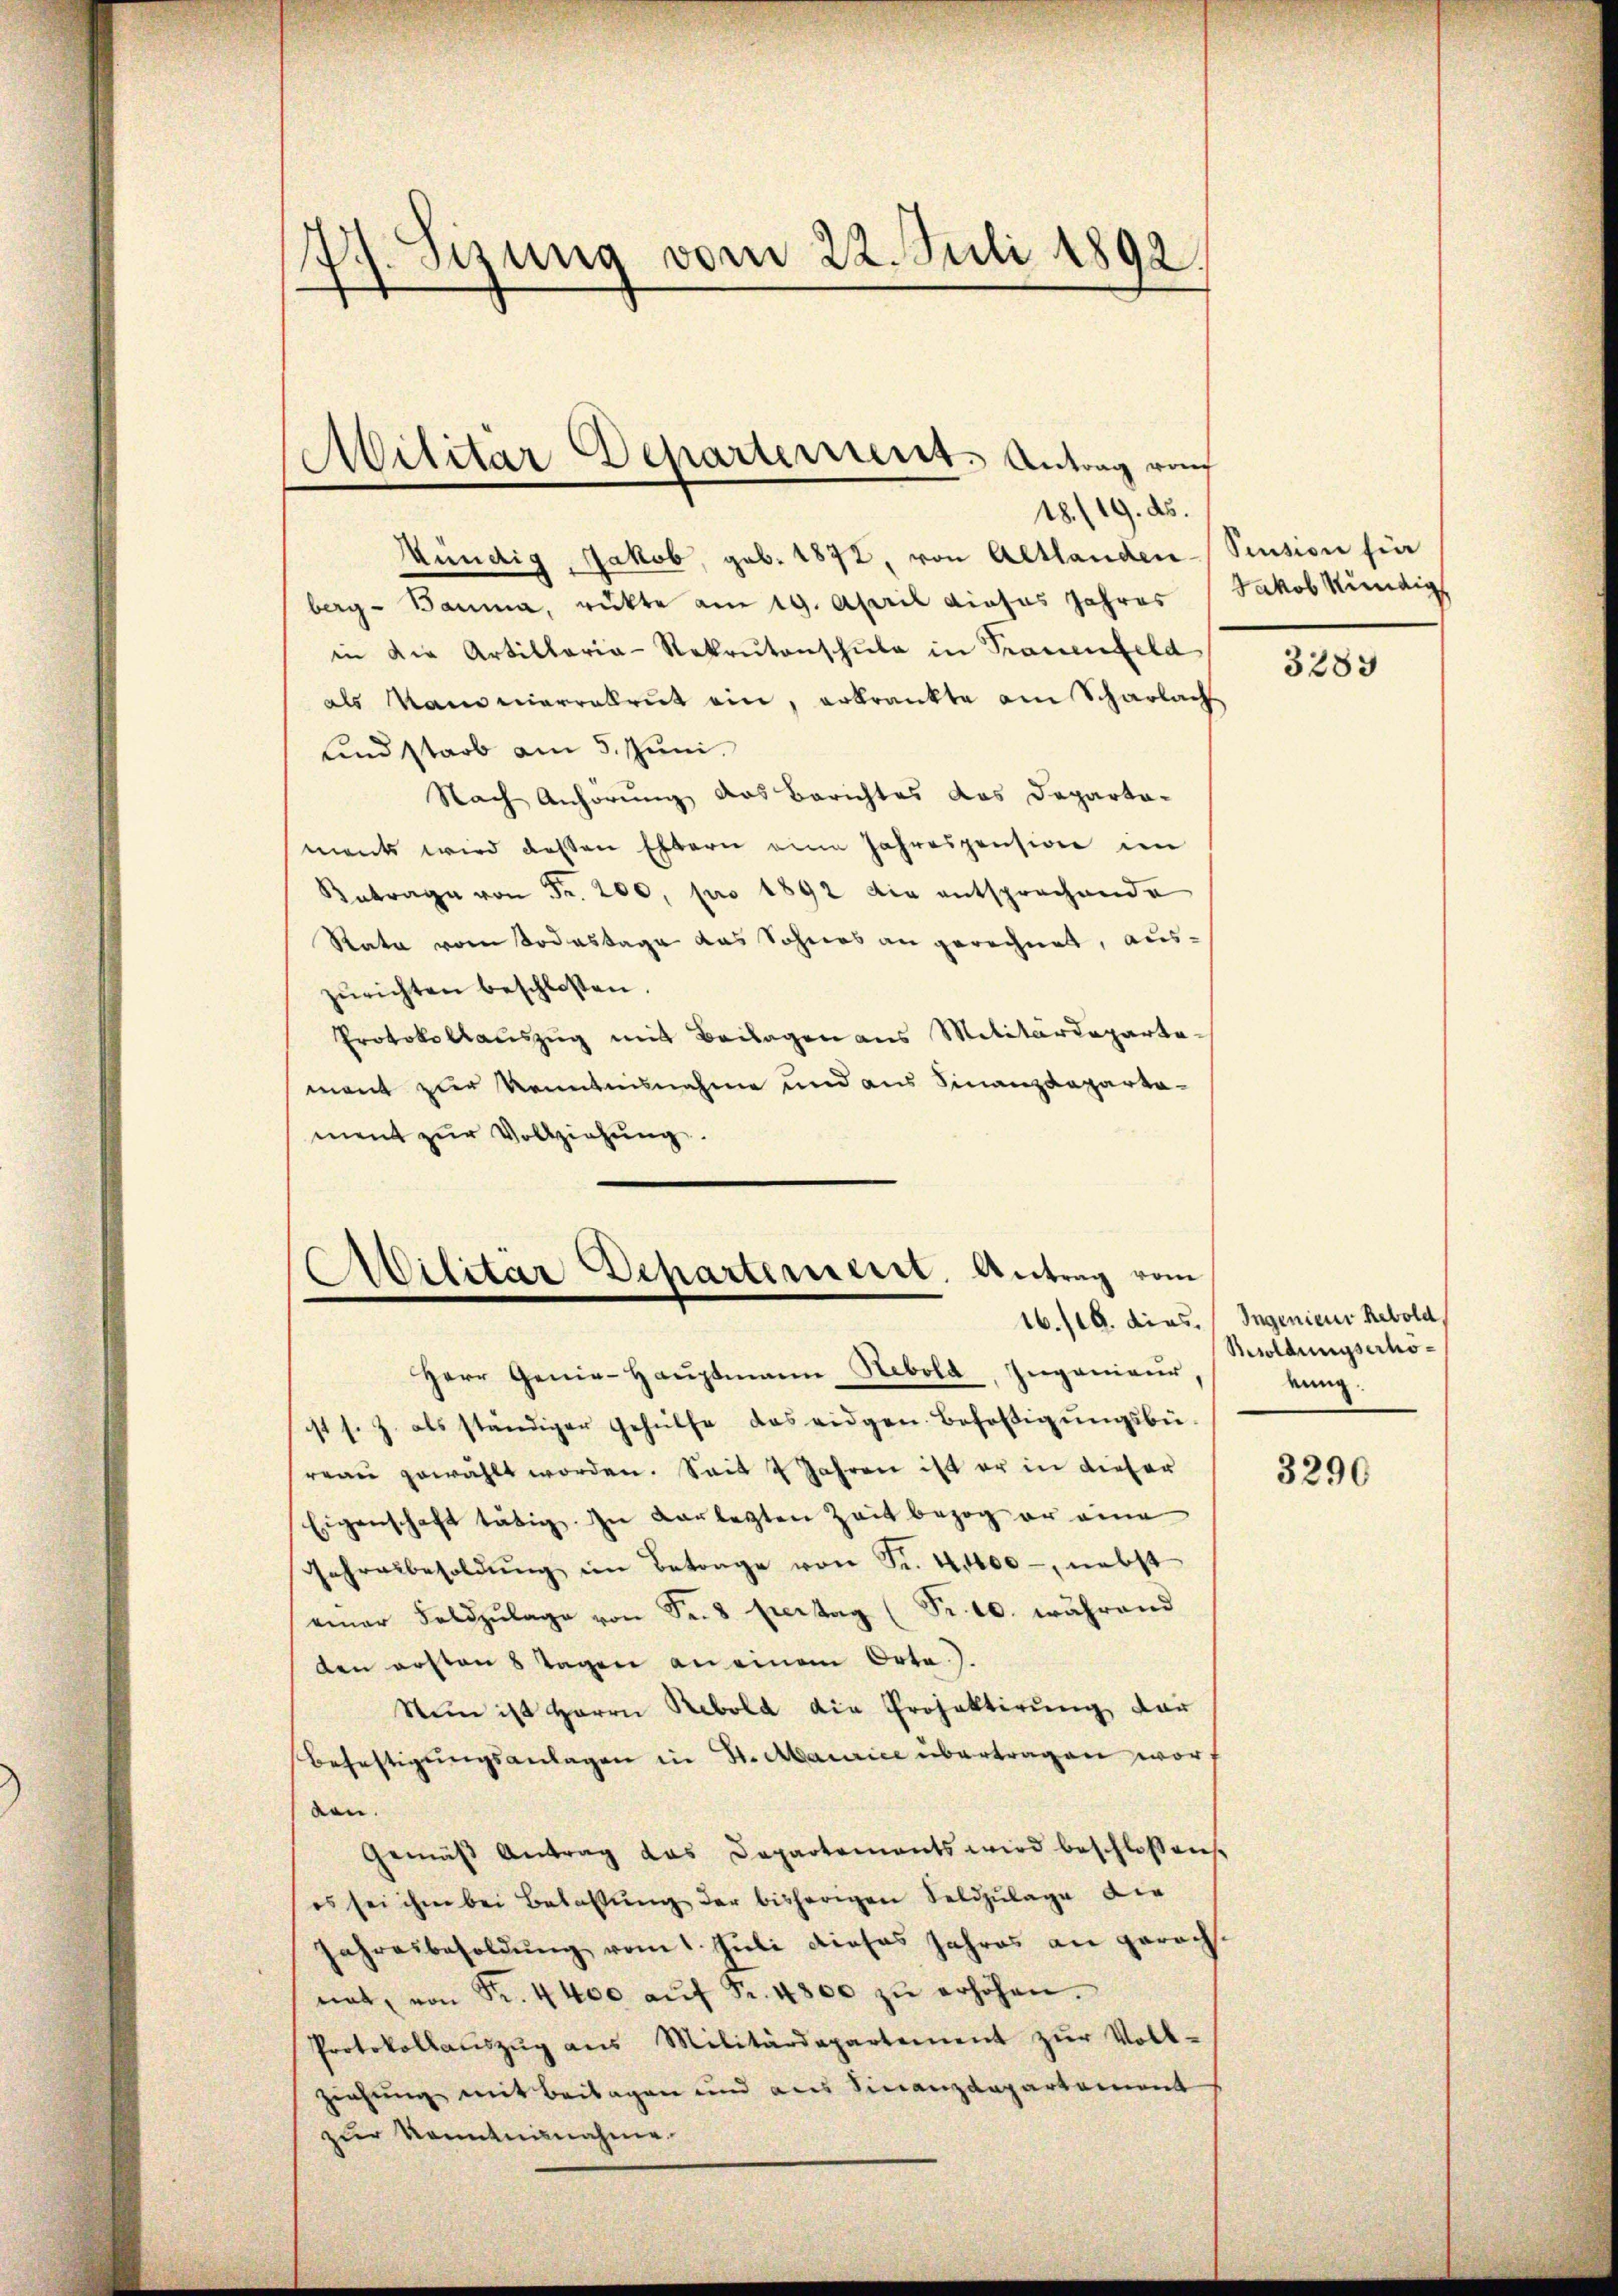
V.Stzung vom 22. Juli 1892
—

kündig, Jakob, geb. 1872, von Altlanden-Sention für
berg-Bauma, rückte am 19. April dieses Jahres Jakob Kündig
in die Artillaria-Rekrŭtanschŭle in Trauenfeld
als anomarrekrut ein, erkrankte ain Scharlach
und starb am 5. Juni.
Nach Anhörung das Berichtes das Departa-
ments wird deßen Eltern eine Jahrespension im
Antrage von Fr. 200, pro 1892 die entsprechende
Rata vom Todestage das Sohnes an gerechnet, auszŭrichten beschlossen.
Protokollauszug mit Beilagen aus Militärdepartemant zur Kenntnisnahme und aus Finanzdeparta-
ment zur Vollziehung.

Militär Departement. Antrag auch
18./19. ds.

Abilitar Departement. Antrag vom

Herr Genie-Hauptmann Hebold, Ingenieur,
ist s. Z. als ständiger Gehülfe das eidgen. Befähigungsbüreau gewählt worden. Seit 2 Jahren ist er in dieser
Eigenschaft tätig. In vorlegten Zeit bezog er eine
Jahresbesoldŭng im Betrage von Fr. 40000 - nebst
einer Feldzŭlage von Fr. 8 Eiertag (Fr. 10. während
den ersten 8 Tagen an einem Orte.
Nun ist Herrn Rebold die Projektirung dar
Befestigŭngsanlagen in St. Maurice übertragen word
ben.
Gemäß Antrag das Departements wird beschlossen,
es sei ihm bei Betallŭng der bisherigen Feldzulage die
Jahresbesoldung vom 1. Juli dieses Jahres an gerachnat, von Fr. 4400 aŭf Fr. 4800 zŭ erhöhen.
Protokollaŭszŭg ans Militärdepartement zŭr Voll-
ziehung mit Beilagen und aus Finanzdepartement
zur Kenntnisnahme

3289

16./10. dies. Ingenieur hebold
Besoldungserhöeung:

3290